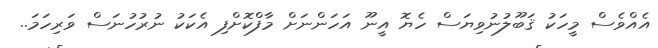
އެއްވެސް މީހަކު ޤަބޫލުނުވިޔަސް ހެޔޮ އީނޫ އަހަންނަށް މާފްކޮށްފި އެކަކު ނުރުހުނަސް ވަރިހަމަ..